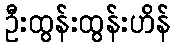
ဦးထွန်းထွန်းဟိန်